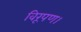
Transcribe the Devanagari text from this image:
विरूपण।